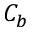
C _ { b }